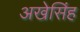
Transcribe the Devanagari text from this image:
अखेसिंह